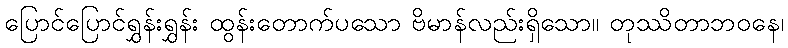
ပြောင်ပြောင်ရွှန်းရွှန်း ထွန်းတောက်ပသော ဗိမာန်လည်းရှိသော။ တုဿိတာဘဝနေ၊